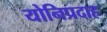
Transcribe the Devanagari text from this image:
योनिप्रदाह